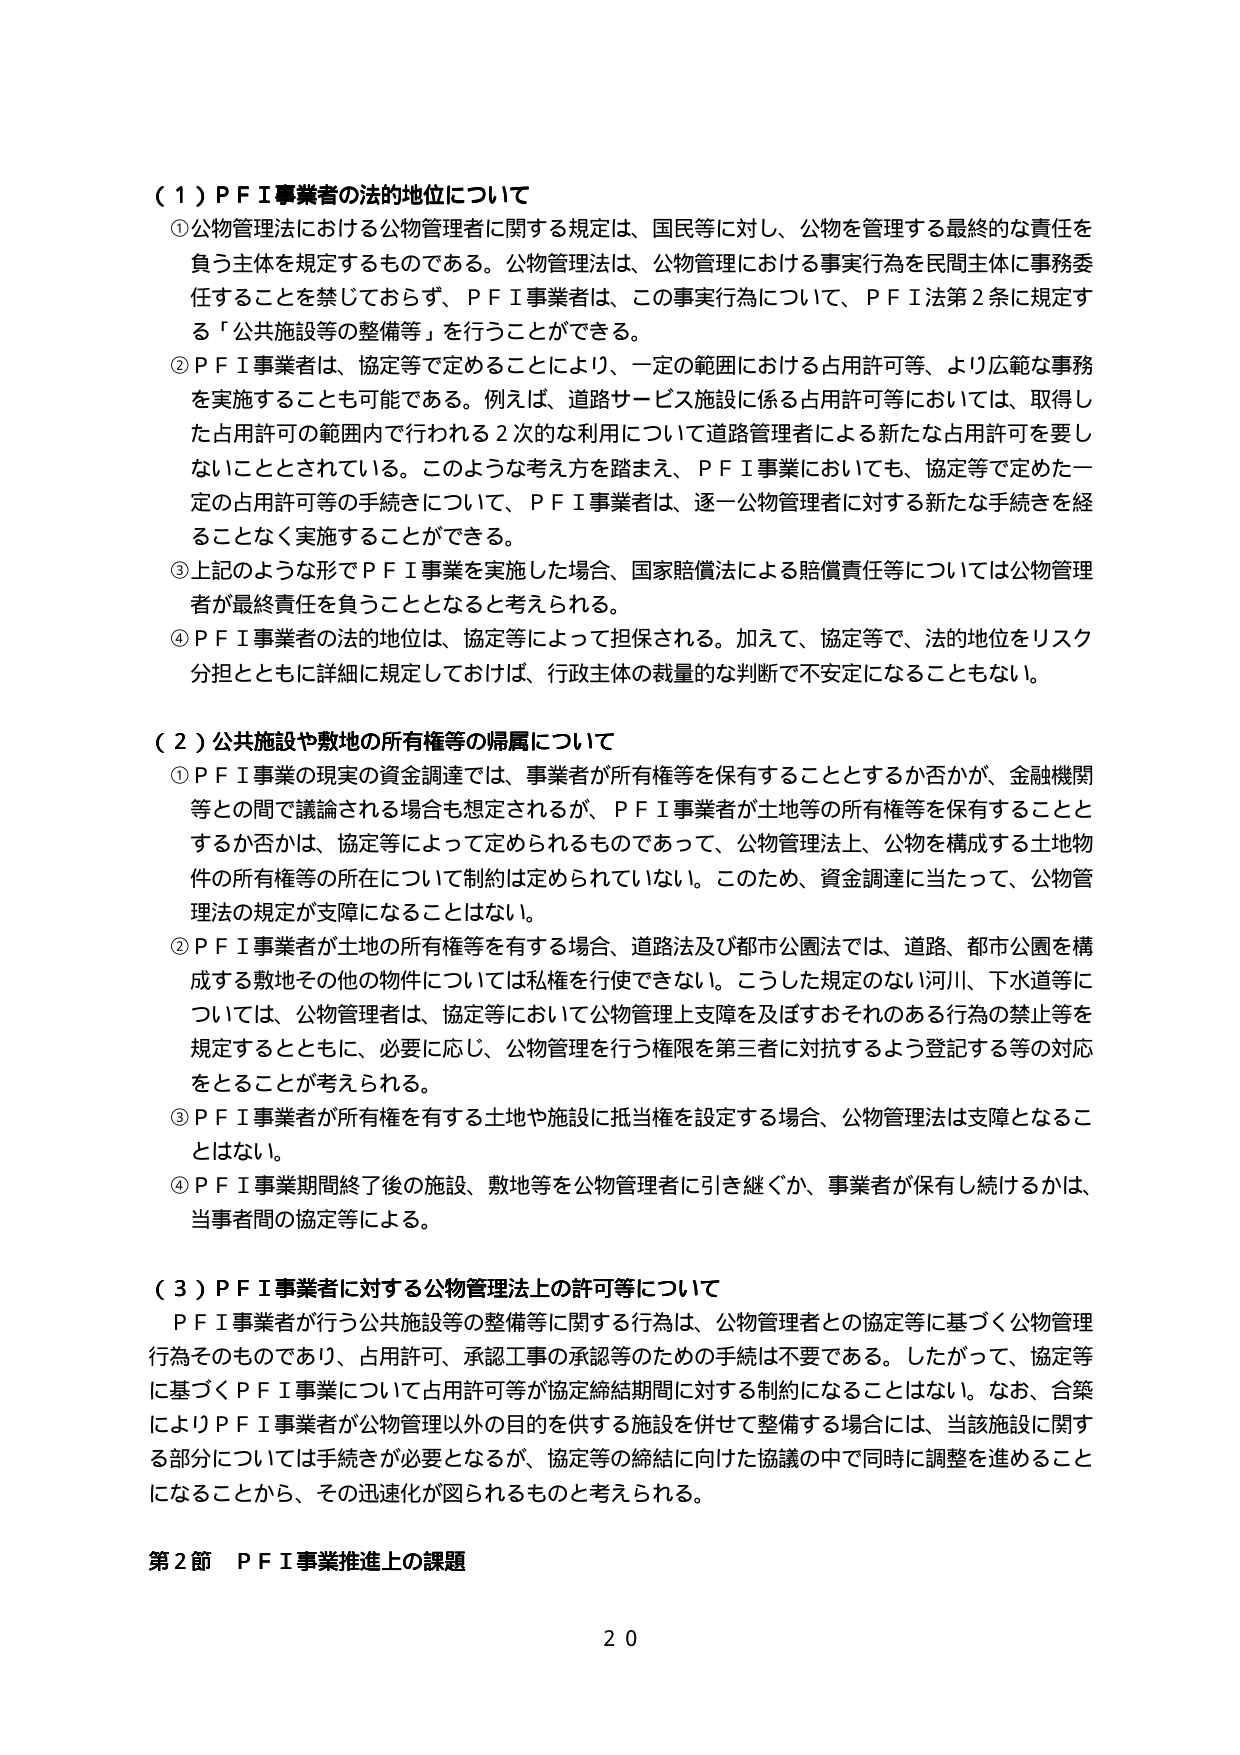
（１）ＰＦＩ事業者の法的地位について
①公物管理法における公物管理者に関する規定は、国民等に対し、公物を管理する最終的な責任を負う主体を規定するものである。公物管理法は、公物管理における事実行為を民間主体に事務委任することを禁じておらず、ＰＦＩ事業者は、この事実行為について、ＰＦＩ法第２条に規定する「公共施設等の整備等」を行うことができる。
②ＰＦＩ事業者は、協定等で定めることにより、一定の範囲における占用許可等、より広範な事務を実施することも可能である。例えば、道路サービス施設に係る占用許可等においては、取得した占用許可の範囲内で行われる２次的な利用について道路管理者による新たな占用許可を要しないこととされている。このような考え方を踏まえ、ＰＦＩ事業においても、協定等で定めた一定の占用許可等の手続きについて、ＰＦＩ事業者は、逐一公物管理者に対する新たな手続きを経ることなく実施することができる。
③上記のような形でＰＦＩ事業を実施した場合、国家賠償法による賠償責任等については公物管理者が最終責任を負うこととなると考えられる。
④ＰＦＩ事業者の法的地位は、協定等によって担保される。加えて、協定等で、法的地位をリスク分担とともに詳細に規定しておけば、行政主体の裁量的な判断で不安定になることもない。

（２）公共施設や敷地の所有権等の帰属について
①ＰＦＩ事業の現実の資金調達では、事業者が所有権等を保有することとするか否かが、金融機関等との間で議論される場合も想定されるが、ＰＦＩ事業者が土地等の所有権等を保有することとするか否かは、協定等によって定められるものであって、公物管理法上、公物を構成する土地物件の所有権等の所在について制約は定められていない。このため、資金調達に当たって、公物管理法の規定が支障になることはない。
②ＰＦＩ事業者が土地の所有権等を有する場合、道路法及び都市公園法では、道路、都市公園を構成する敷地その他の物件については私権を行使できない。こうした規定のない河川、下水道等については、公物管理者は、協定等において公物管理上支障を及ぼすおそれのある行為の禁止等を規定するとともに、必要に応じ、公物管理を行う権限を第三者に対抗するよう登記する等の対応をとることが考えられる。
③ＰＦＩ事業者が所有権を有する土地や施設に抵当権を設定する場合、公物管理法は支障となることはない。
④ＰＦＩ事業期間終了後の施設、敷地等を公物管理者に引き継ぐか、事業者が保有し続けるかは、当事者間の協定等による。

（３）ＰＦＩ事業者に対する公物管理法上の許可等について
ＰＦＩ事業者が行う公共施設等の整備等に関する行為は、公物管理者との協定等に基づく公物管理行為そのものであり、占用許可、承認工事の承認等のための手続は不要である。したがって、協定等に基づくＰＦＩ事業について占用許可等が協定締結期間に対する制約になることはない。なお、合築によりＰＦＩ事業者が公物管理以外の目的を供する施設を併せて整備する場合には、当該施設に関する部分については手続きが必要となるが、協定等の締結に向けた協議の中で同時に調整を進めることになることから、その迅速化が図られるものと考えられる。

第２節 ＰＦＩ事業推進上の課題
２０